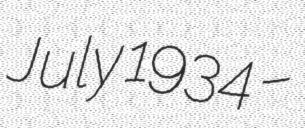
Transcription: July 1934 –